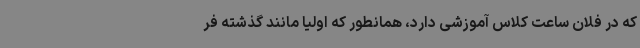
که در فلان ساعت کلاس آموزشی دارد، همانطور که اولیا مانند گذشته فر